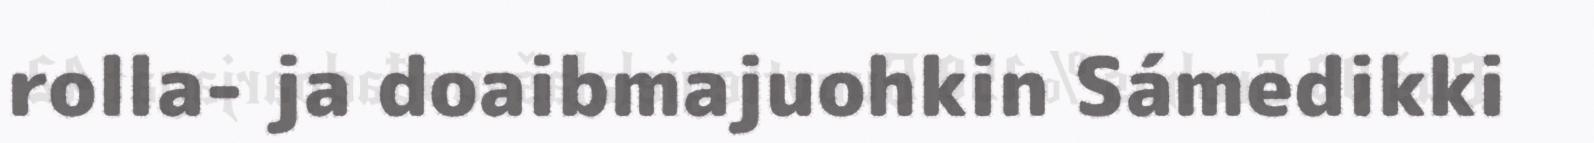
rolla- ja doaibmajuohkin Sámedikki